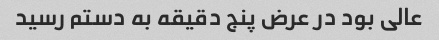
عالی بود در عرض پنج دقیقه به دستم رسید